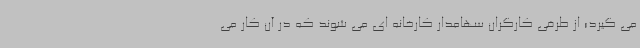
می گیرد؛ از طرفی کارگران سهامدار کارخانه ای می شوند که در آن کار می